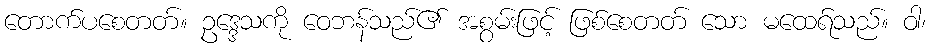
တောက်ပစေတတ်။ ဥဒ္ဒေသကို ဝေဘန်သည်၏ အစွမ်းဖြင့် ဖြစ်စေတတ် သော မထေရ်သည်။ ဝါ၊